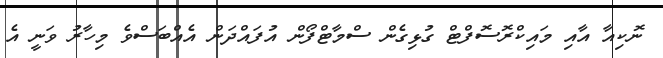
ނޮކިއާ އާއި މައިކްރޮސޮފްޓް ގުޅިގެން ސްމާޓްފޯން އުފައްދަން އެއްބަސްވެ މިހާރު ވަނީ އެ